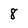
Character: 8